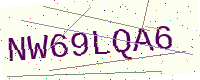
Text: NW69LQA6